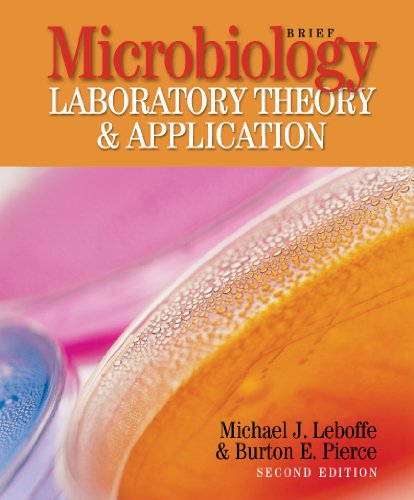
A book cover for Microbiology Laboratory Theory & Application, Brief, 2nd Edition; Michael J. Leboffe; Medical Books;